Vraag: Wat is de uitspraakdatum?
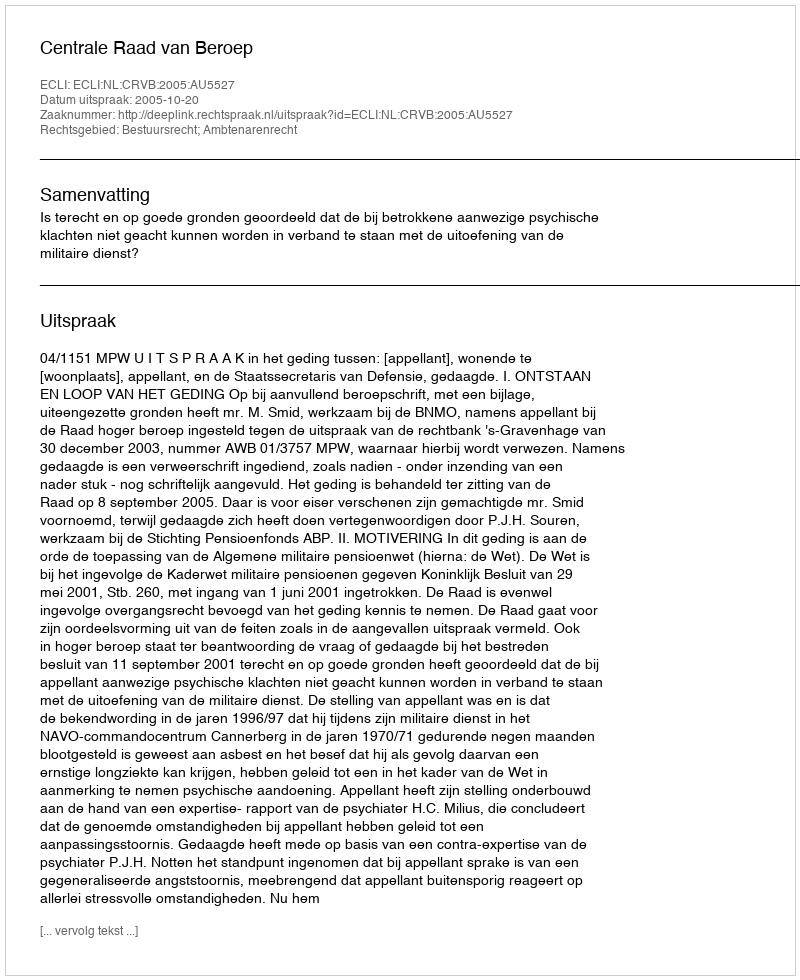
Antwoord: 2005-10-20